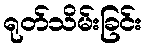
ရုတ်သိမ်းခြင်း